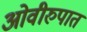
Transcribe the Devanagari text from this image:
ओवीरुपात